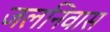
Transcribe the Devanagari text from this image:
जलनिवास